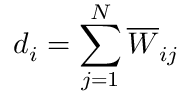
d _ { i } = \sum _ { j = 1 } ^ { N } \overline { { W } } _ { i j }